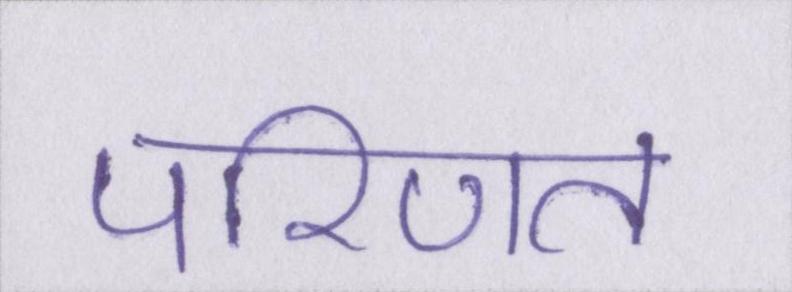
परिणत